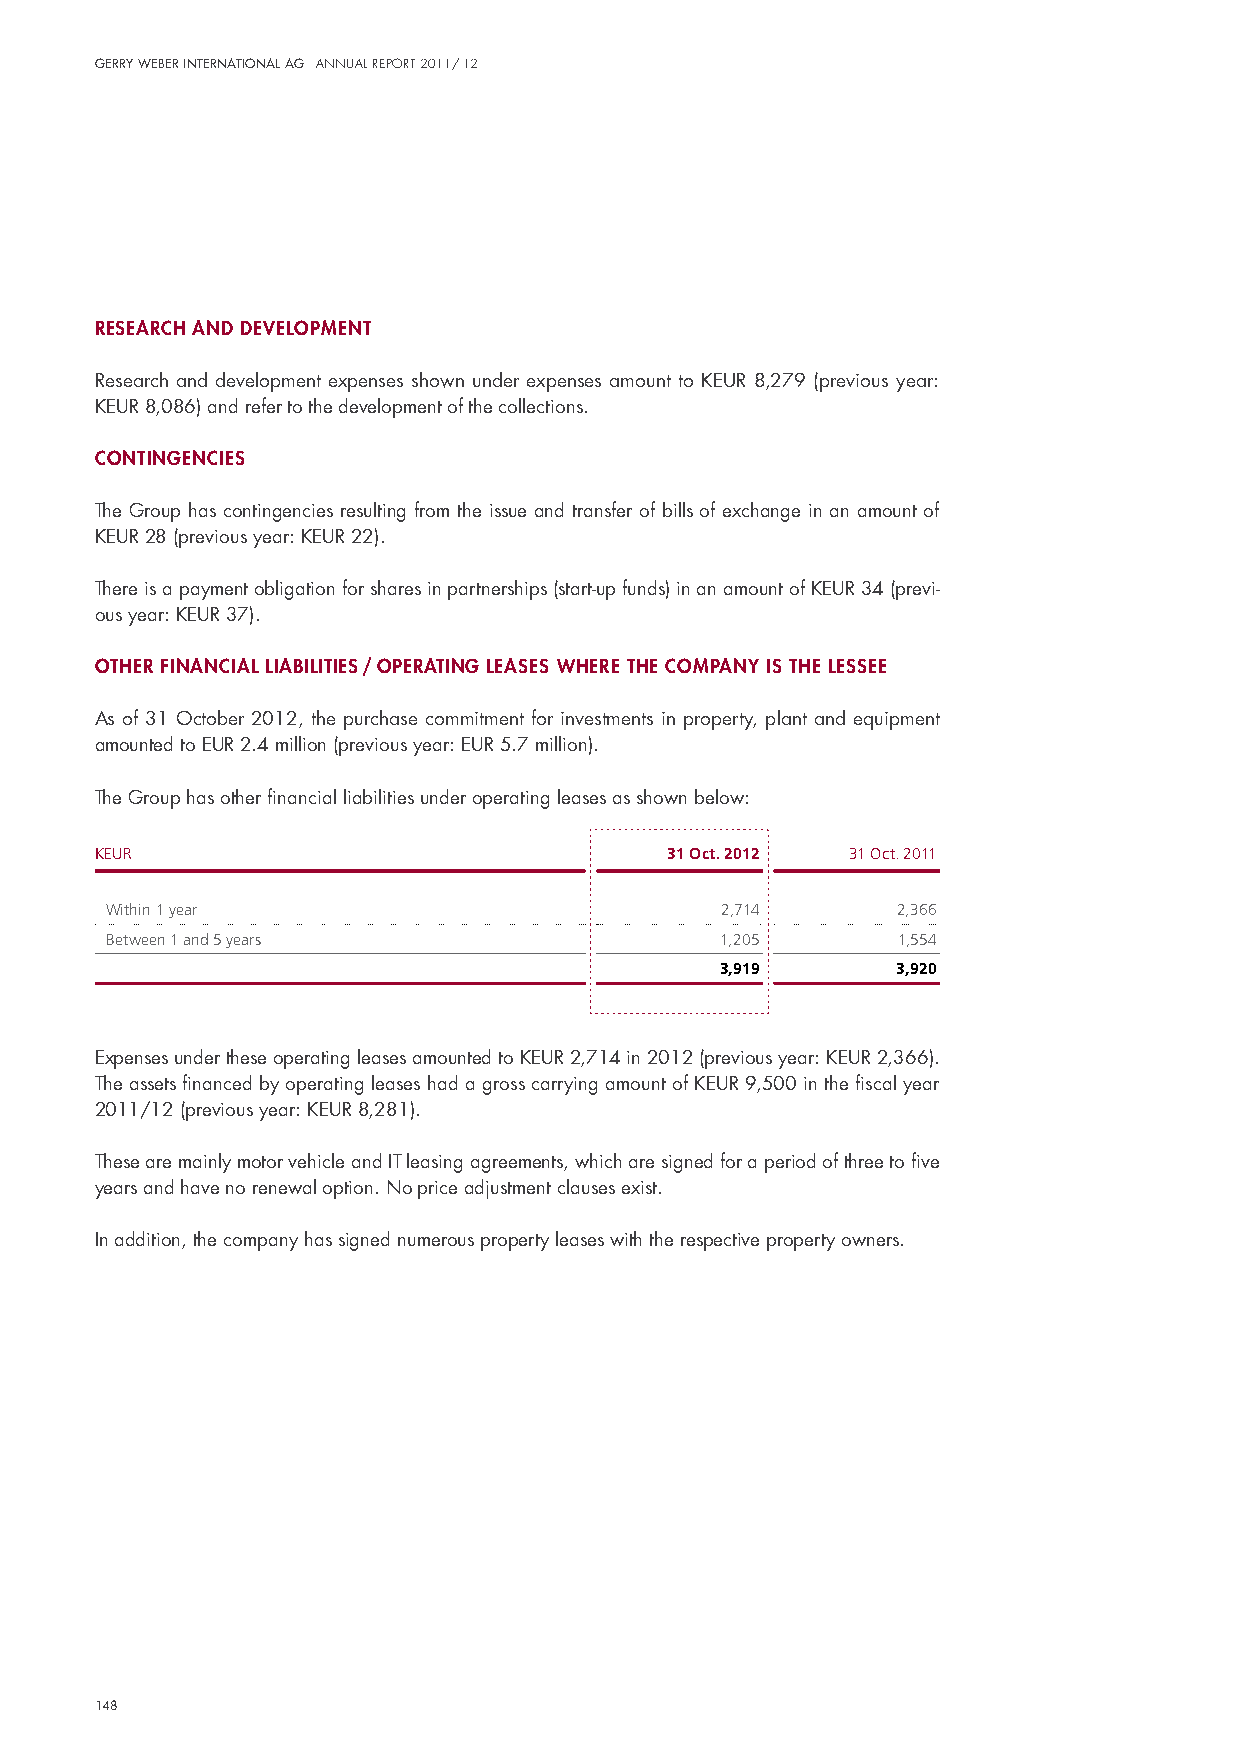
Gerry Weber InternatIonal aG annual report 2011/ 12
 research and development
 Research and development expenses shown under expenses amount to KeuR 8,279 (previous year:
 KeuR 8,086) and refer to the development of the collections.
 contIngencIes
 The Group has contingencies resulting from the issue and transfer of bills of exchange in an amount of
 KeuR 28 (previous year: KeuR 22).
 There is a payment obligation for shares in partnerships (start-up funds) in an amount of KeuR 34 (previ-
 ous year: KeuR 37).
 other fInancIal lIaBIlItIes / operatIng leases where the company Is the lessee
 As of 31 october 2012, the purchase commitment for investments in property, plant and equipment
 amounted to euR 2.4 million (previous year: euR 5.7 million).
 The Group has other financial liabilities under operating leases as shown below:
 KEUR                                  31 Oct. 2012 31 Oct. 2011
 Within 1 year                            2,714      2,366
 Between 1 and 5 years                    1,205      1,554
 3,919      3,920
 expenses under these operating leases amounted to KeuR 2,714 in 2012 (previous year: KeuR 2,366).
 The assets financed by operating leases had a gross carrying amount of KeuR 9,500 in the fiscal year
 2011/12 (previous year: KeuR 8,281).
 These are mainly motor vehicle and iT leasing agreements, which are signed for a period of three to five
 years and have no renewal option. no price adjustment clauses exist.
 in addition, the company has signed numerous property leases with the respective property owners.
 148